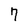
Character: 7